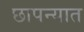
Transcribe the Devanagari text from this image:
छापन्यात